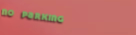
no parking